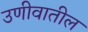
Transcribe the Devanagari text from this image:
उणीवातील